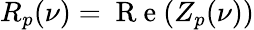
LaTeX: R_{p}(\nu)=\mathrm{~R~e~}(Z_{p}(\nu))